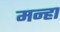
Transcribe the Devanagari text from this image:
मन्हा